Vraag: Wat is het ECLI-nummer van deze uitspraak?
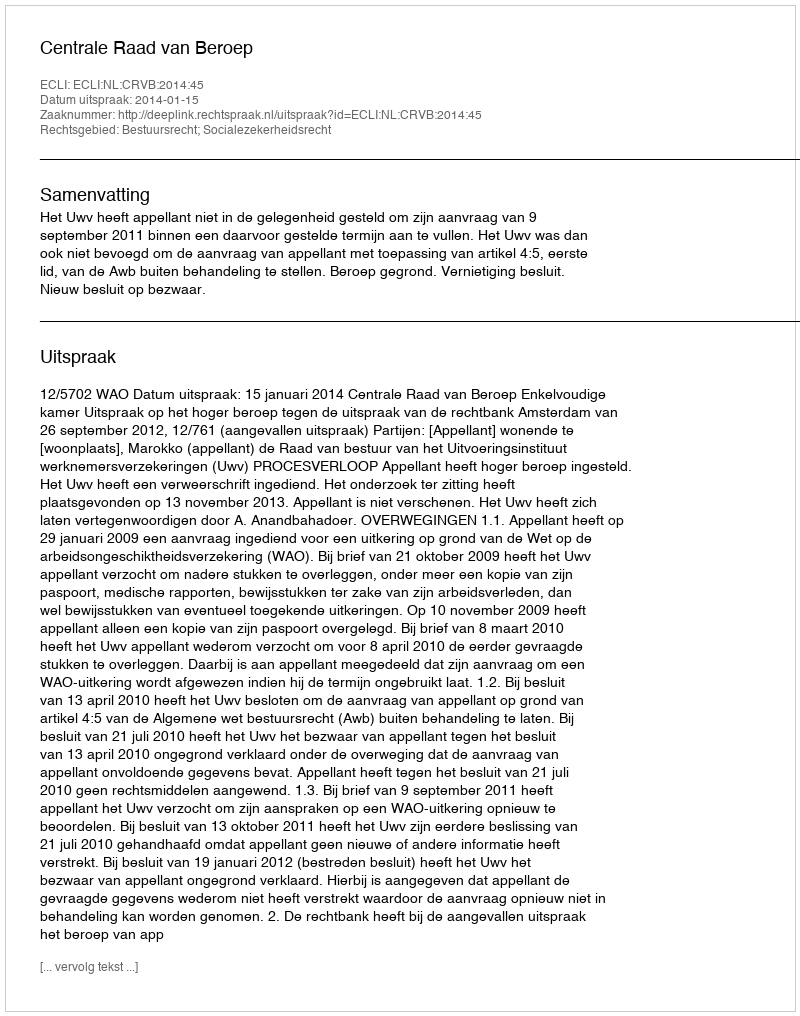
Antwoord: ECLI:NL:CRVB:2014:45